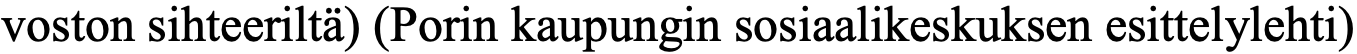
voston sihteeriltä) (Porin kaupungin sosiaalikeskuksen esittelylehti)